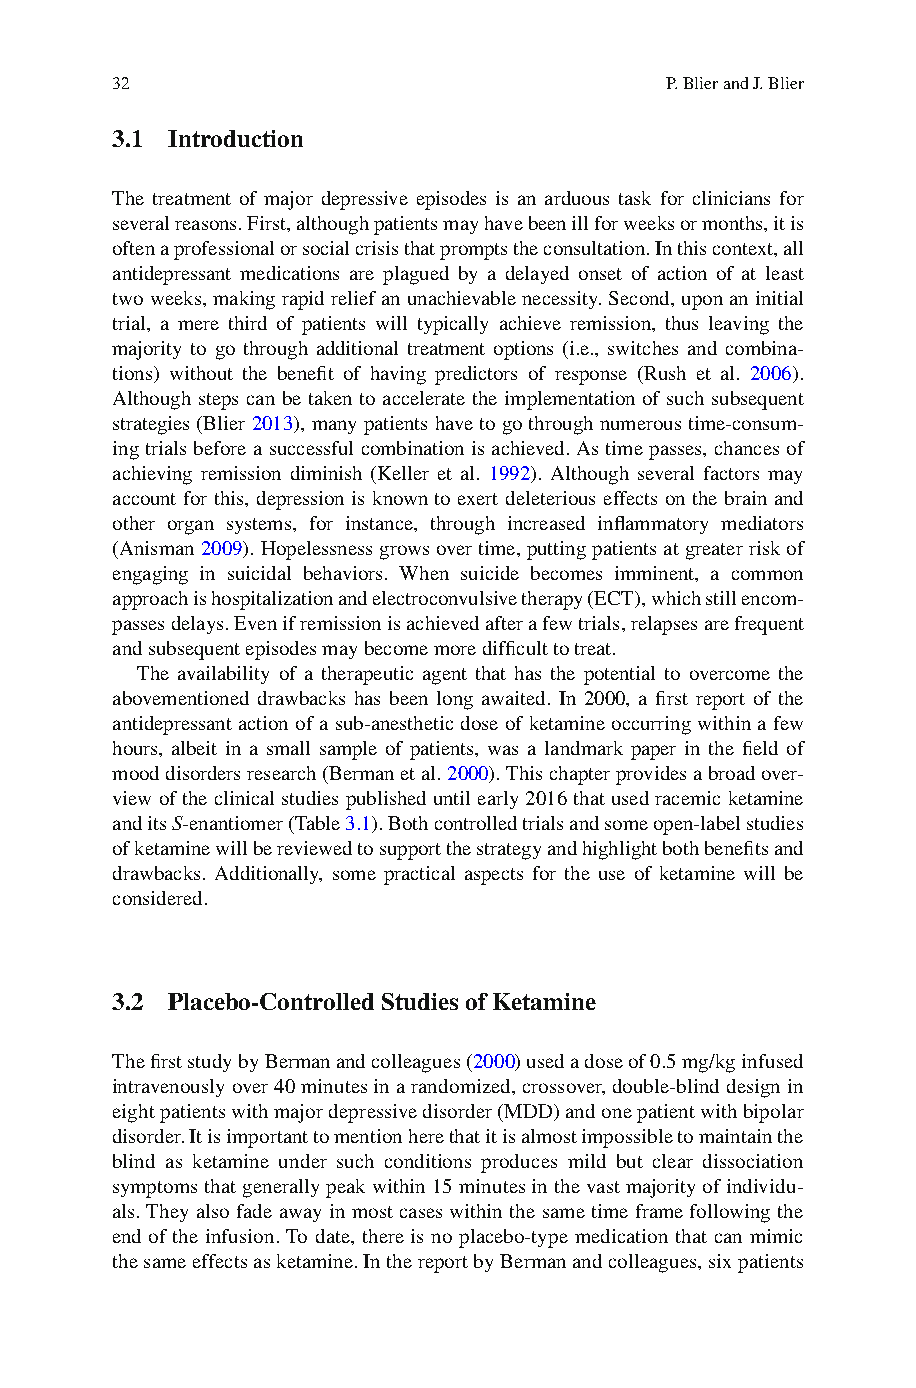
32                                   P. Blier and J. Blier
 3.1 Introduction
 T he treatment of major depressive episodes is an arduous task for clinicians for
 several reasons. First, although patients may have been ill for weeks or months, it is
 often a professional or social crisis that prompts the consultation. In this context, all
 antidepressant medications are plagued by a delayed onset of action of at least
 two weeks, making rapid relief an unachievable necessity. Second, upon an initial
 trial, a mere third of patients will typically achieve remission, thus leaving the
 majority to go through additional treatment options (i.e., switches and combina-
 tions) without the benefi t of having predictors of response (Rush et al. 2 006 ).
 Although steps can be taken to accelerate the implementation of such subsequent
 strategies (Blier 2 013 ), many patients have to go through numerous time-consum-
 ing trials before a successful combination is achieved. As time passes, chances of
 achieving remission diminish (Keller et al. 1 992) . Although several factors may
 account for this, depression is known to exert deleterious effects on the brain and
 other organ systems, for instance, through increased infl ammatory mediators
 (Anisman 2 009) . Hopelessness grows over time, putting patients at greater risk of
 engaging in suicidal behaviors. When suicide becomes imminent, a common
 approach is hospitalization and electroconvulsive therapy (ECT), which still encom-
 passes delays. Even if remission is achieved after a few trials, relapses are frequent
 and subsequent episodes may become more diffi cult to treat.
 The availability of a therapeutic agent that has the potential to overcome the
 abovementioned drawbacks has been long awaited. In 2000, a fi rst report of the
 antidepressant action of a sub-anesthetic dose of ketamine occurring within a few
 hours, albeit in a small sample of patients, was a landmark paper in the fi eld of
 mood disorders research (Berman et al. 2 000 ). This chapter provides a broad over-
 view of the clinical studies published until early 2016 that used racemic ketamine
 and its S -enantiomer (Table 3 .1) . Both controlled trials and some open-label studies
 of ketamine will be reviewed to support the strategy and highlight both benefi ts and
 drawbacks. Additionally, some practical aspects for the use of ketamine will be
 considered.
 3.2 Placebo-Controlled Studies of Ketamine
 T he fi rst study by Berman and colleagues (2 000 ) used a dose of 0.5 mg/kg infused
 intravenously over 40 minutes in a randomized, crossover, double-blind design in
 eight patients with major depressive disorder (MDD) and one patient with bipolar
 disorder. It is important to mention here that it is almost impossible to maintain the
 blind as ketamine under such conditions produces mild but clear dissociation
 symptoms that generally peak within 15 minutes in the vast majority of individu-
 als. They also fade away in most cases within the same time frame following the
 end of the infusion. To date, there is no placebo-type medication that can mimic
 the same effects as ketamine. In the report by Berman and colleagues, six patients